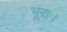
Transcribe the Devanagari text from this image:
भूरा।